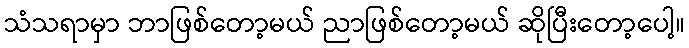
သံသရာမှာ ဘာဖြစ်တော့မယ် ညာဖြစ်တော့မယ် ဆိုပြီးတော့ပေါ့။